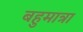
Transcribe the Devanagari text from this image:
बहुमात्रा